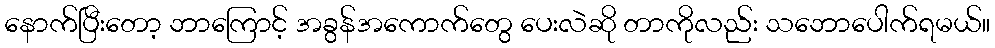
နောက်ပြီးတော့ ဘာကြောင့် အခွန်အကောက်တွေ ပေးလဲဆို တာကိုလည်း သဘောပေါက်ရမယ်။